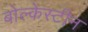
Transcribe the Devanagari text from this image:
बोल्केस्टीन